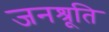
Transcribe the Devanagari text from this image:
जनश्रूति